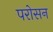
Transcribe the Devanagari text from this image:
परोसन